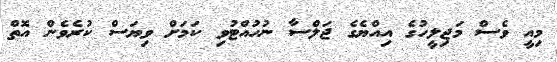
މިއީ ވެސް މަޖިލީހުގެ އިއްޔެގެ ޖަލްސާ ނުހުއްޓުވި ކަމަށް ވިޔަސް ކުރެވެން އޮތް